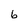
Character: b